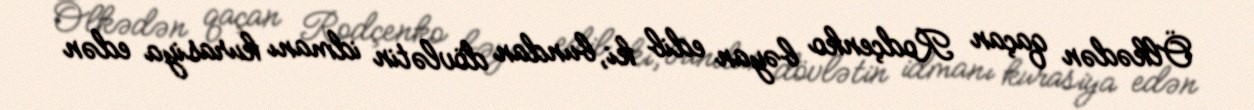
Ölkədən qaçan Rodçenko bəyan edib ki, bundan dövlətin idmanı kurasiya edən